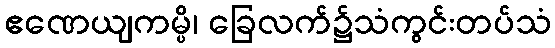
ဧဏေယျကမ္ပိ၊ ခြေလက်၌သံကွင်းတပ်သံ